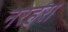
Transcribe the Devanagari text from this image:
नरहरा